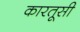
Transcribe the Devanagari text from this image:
कारतूसी